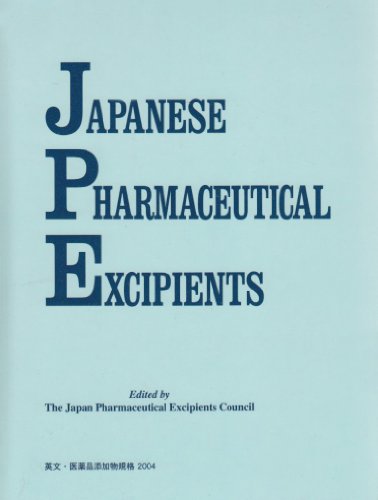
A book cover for Japanese Pharmaceutical Excipients 2004; Japanese; Business & Money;